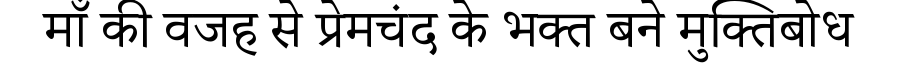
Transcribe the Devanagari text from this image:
माँ की वजह से प्रेमचंद के भक्त बने मुक्तिबोध